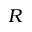
R